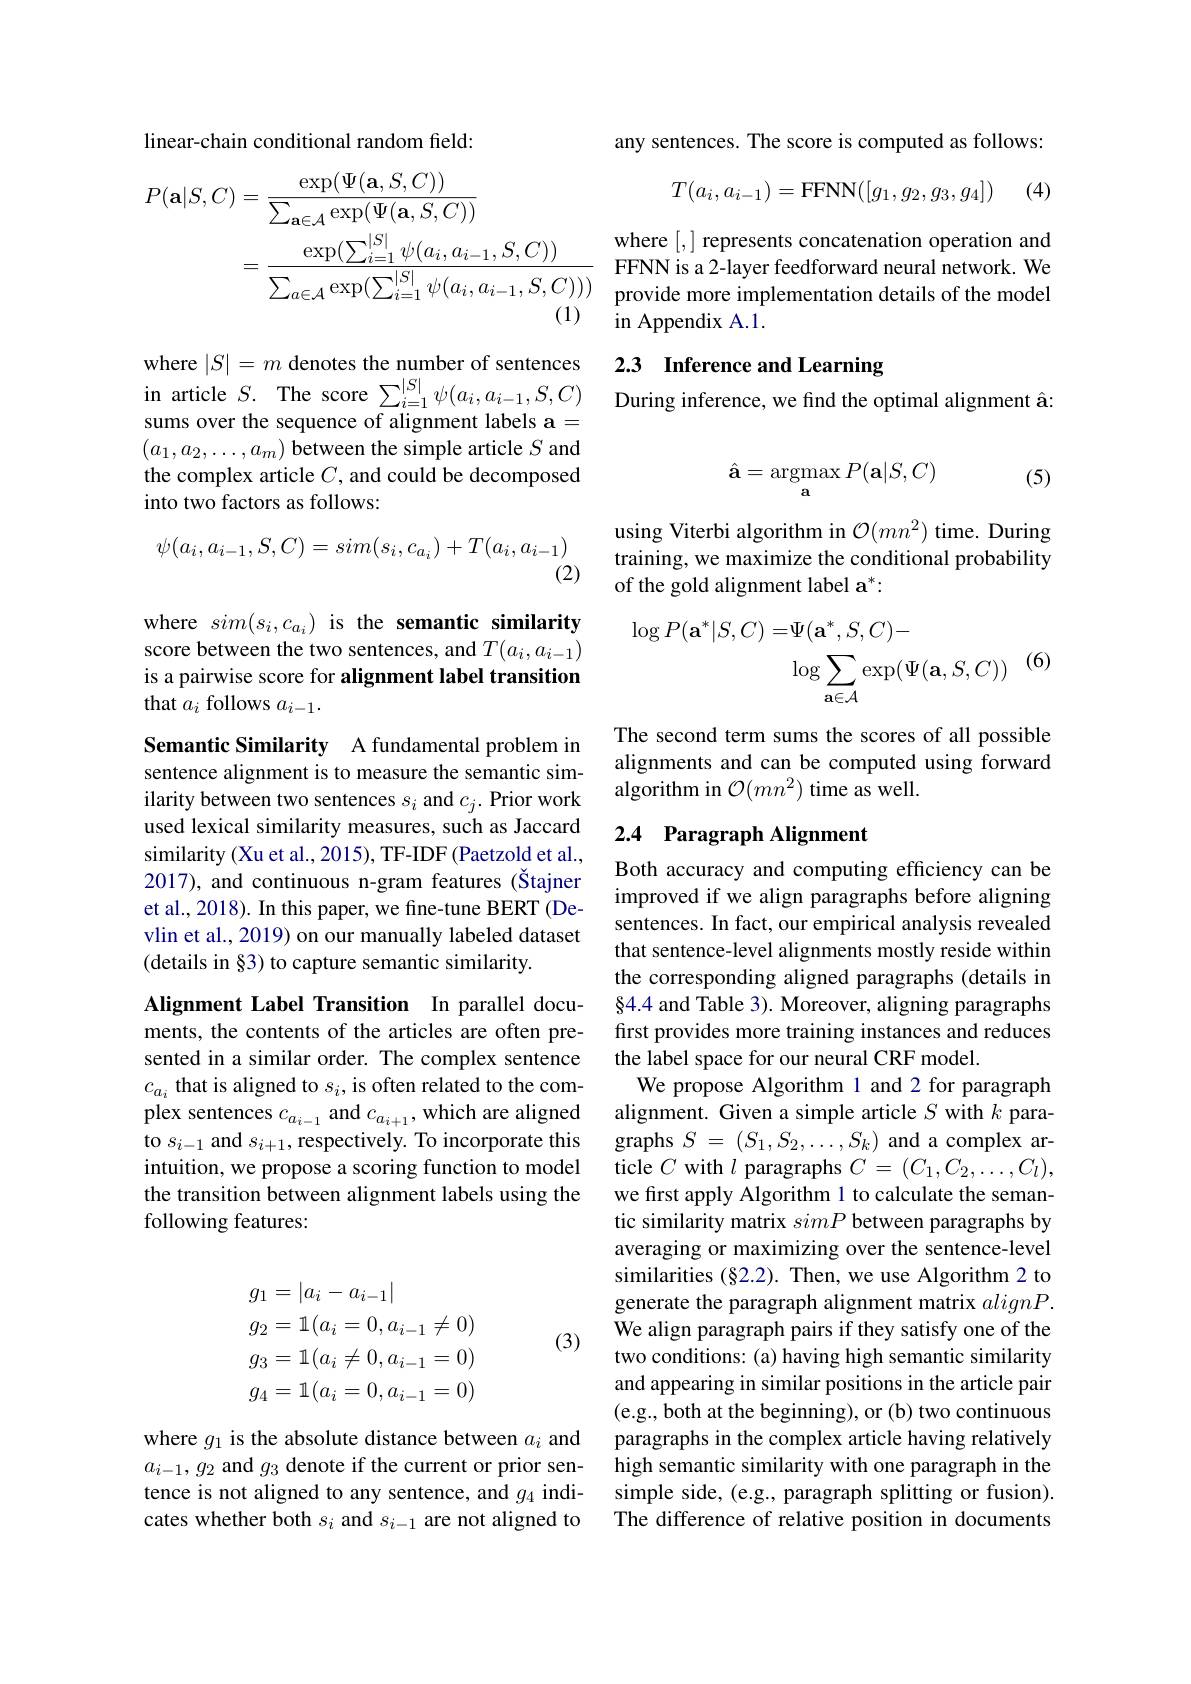
linear-chain conditional random field:
$$\begin{aligned}P(\mathbf{a}|S,C)&=\frac{\exp(\Psi(\mathbf{a},S,C))}{\sum_{\mathbf{a}\in\mathcal{A}}\exp(\Psi(\mathbf{a},S,C))}\\&=\frac{\exp(\sum_{i=1}^{|S|}\psi(a_{i},a_{i-1},S,C))}{\sum_{a\in\mathcal{A}}\exp(\sum_{i=1}^{|S|}\psi(a_{i},a_{i-1},S,C)))}\end{aligned}$$
where $| S| = m$ denotes the number of sentences in article $S.$ The score $\sum _{i= 1}^{| S| }\psi ( a_{i}, a_{i- 1}, S, C)$ sums over the sequence of alignment labels a= $(a_1,a_2,\ldots,a_m)$ between the simple article $S$ and the complex article $C$, and could be decomposed into two factors as follows:
$$\psi(a_i,a_{i-1},S,C)=sim(s_i,c_{a_i})+T(a_i,a_{i-1})$$
(2)

where $sim(s_{i},c_{a_{i}})$ is the semantic similarity score between the two sentences, and $T(a_i,a_{i-1})$ is a pairwise score for alignment label transition that $a_i$ follows $a_i-1.$

Semantic Similarity A fundamental problem in sentence alignment is to measure the semantic similarity between two sentences $s_i$ and $c_j.$ Prior work used lexical similarity measures, such as Jaccard similarity (Xu et al., 2015), TF-IDF (Paetzold et al., 2017), and continuous n-gram features (Štajner et al., 2018). In this paper, we fine-tune BERT (Devlin et al., 2019) on our manually labeled dataset (details in §3) to capture semantic similarity.

Alignment Label Transition In parallel documents, the contents of the articles are often presented in a similar order. The complex sentence $c_{a_i}$ that is aligned to $s_i$, is often related to the complex sentences $c_{a_{i-1}}$ and $c_{a_{i+1}}$,which are aligned to $s_{i-1}$ and $s_{i+1}$,respectively. To incorporate this intuition, we propose a scoring function to model the transition between alignment labels using the following features:
$$\begin{aligned}&g_{1}=|a_{i}-a_{i-1}|\\&g_{2}=1(a_{i}=0,a_{i-1}\neq0)\\&g_{3}=1(a_{i}\neq0,a_{i-1}=0)\\&g_{4}=1(a_{i}=0,a_{i-1}=0)\end{aligned}$$
(3)

where $g_{1}$ is the absolute distance between $a_i$ and $a_{i-1},g_2$ and $g_3$ denote if the current or prior sentence is not aligned to any sentence, and $g_{4}$ indicates whether both $s_i$ and $s_i-1$ are not aligned to

any sentences. The score is computed as follows:
$$T(a_i,a_{i-1})=\text{FFNN}([g_1,g_2,g_3,g_4])$$
(4)

where [,] represents concatenation operation and FFNN is a 2-layer feedforward neural network. We provide more implementation details of the model in Appendix A.1.

## 2.3 Inference and Learning

During inference, we find the optimal alignment â:

(5)
$$\hat{\mathbf{a}}=\mathop{\mathrm{argmax}}_{\mathbf{a}}P(\mathbf{a}|S,C)$$
using Viterbi algorithm in $\mathcal{O}(mn^2)$ time. During training, we maximize the conditional probability of the gold alignment label a$^*:$
$$\begin{aligned}\log P(\mathbf{a}^{*}|S,C)=&\Psi(\mathbf{a}^{*},S,C)-\\&\log\sum_{\mathbf{a}\in\mathcal{A}}\exp(\Psi(\mathbf{a},S,C))\end{aligned}$$
(6)

The second term sums the scores of all possible alignments and can be computed using forward algorithm in $\mathcal{O}(mn^2)$ time as well.

# 2.4 Paragraph Alignment

Both accuracy and computing efficiency can be improved if we align paragraphs before aligning sentences. In fact, our empirical analysis revealed that sentence-level alignments mostly reside within the corresponding aligned paragraphs (details in 84.4 and Table 3). Moreover, aligning paragraphs first provides more training instances and reduces the label space for our neural CRF model.
We propose Algorithm 1 and 2 for paragraph alignment. Given a simple article $S$ with $k$ paragraphs $S=(S_1,S_2,\ldots,S_k)$ and a complex article $C$ with $l$ paragraphs $C=(C_1,C_2,\ldots,C_l)$, we first apply Algorithm 1 to calculate the semantic similarity matrix simP between paragraphs by averaging or maximizing over the sentence-level similarities (§2.2). Then, we use Algorithm 2 to generate the paragraph alignment matrix $alignP.$ We align paragraph pairs if they satisfy one of the two conditions: (a) having high semantic similarity and appearing in similar positions in the article pair (e.g., both at the beginning), or (b) two continuous paragraphs in the complex article having relatively high semantic similarity with one paragraph in the simple side, (e.g., paragraph splitting or fusion). The difference of relative position in documents